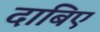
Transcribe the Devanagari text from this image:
दाबिए